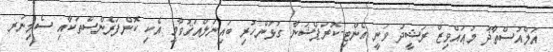
އަލްއުސްތާޛު މުޢައްވިޒް ރަޝީދު ވަނީ އެންޓި-ކޮރަޕްޝަނާ ގުޅުންހުރި ބައިނަލްއަޤުވާމީ އެކި ކޮންފަރެންސްތަކާއި ސެމިނަރ